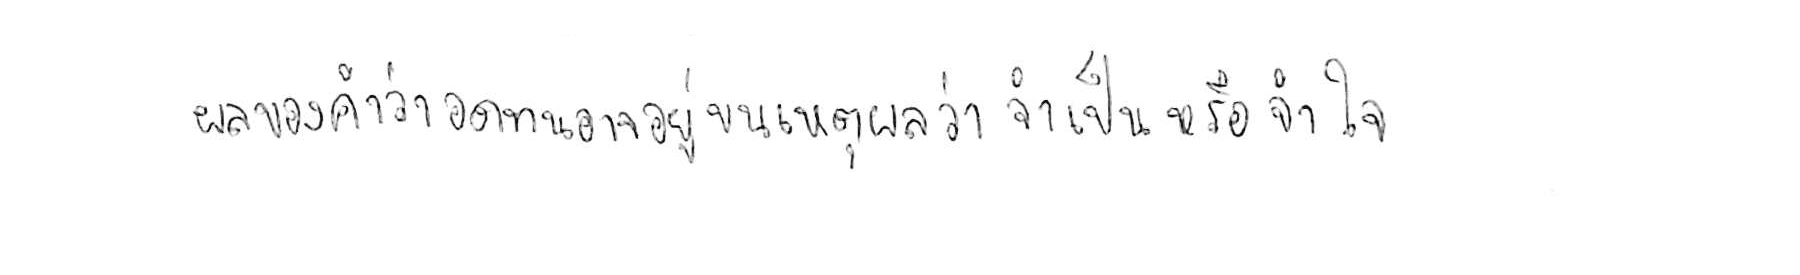
ผลของคำว่า อดทน อาจขึ้นอยู่บนเหตุผลว่า จำเป็น หรือ จำใจ